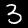
Label: 3